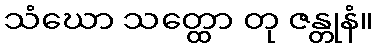
သံဃော သတ္ထော တု ဇန္တုနံ။